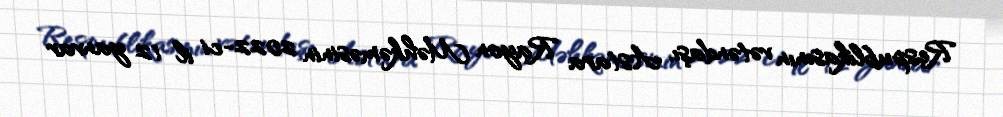
Respublikasının vətəndaşı, Astara Rayon Məhkəməsinin 2022-ci il 12 yanvar